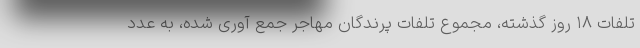
تلفات ۱۸ روز گذشته، مجموع تلفات پرندگان مهاجر جمع آوری شده، به عدد